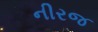
નીરજ